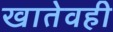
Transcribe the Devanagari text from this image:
खातेवही